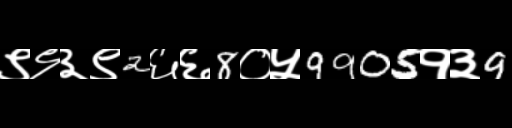
Text: ९९३९2६६8०५9905१३9